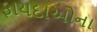
ફાયદાઓના